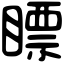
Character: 瞟